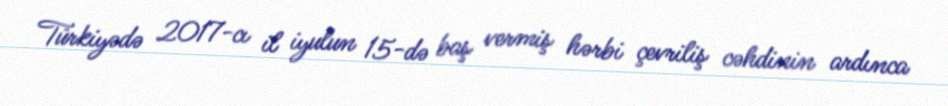
Türkiyədə 2017-cı il iyulun 15-də baş vermiş hərbi çevriliş cəhdinin ardınca